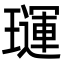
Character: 璭